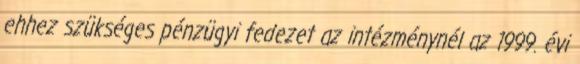
ehhez szükséges pénzügyi fedezet az intézménynél az 1999. évi